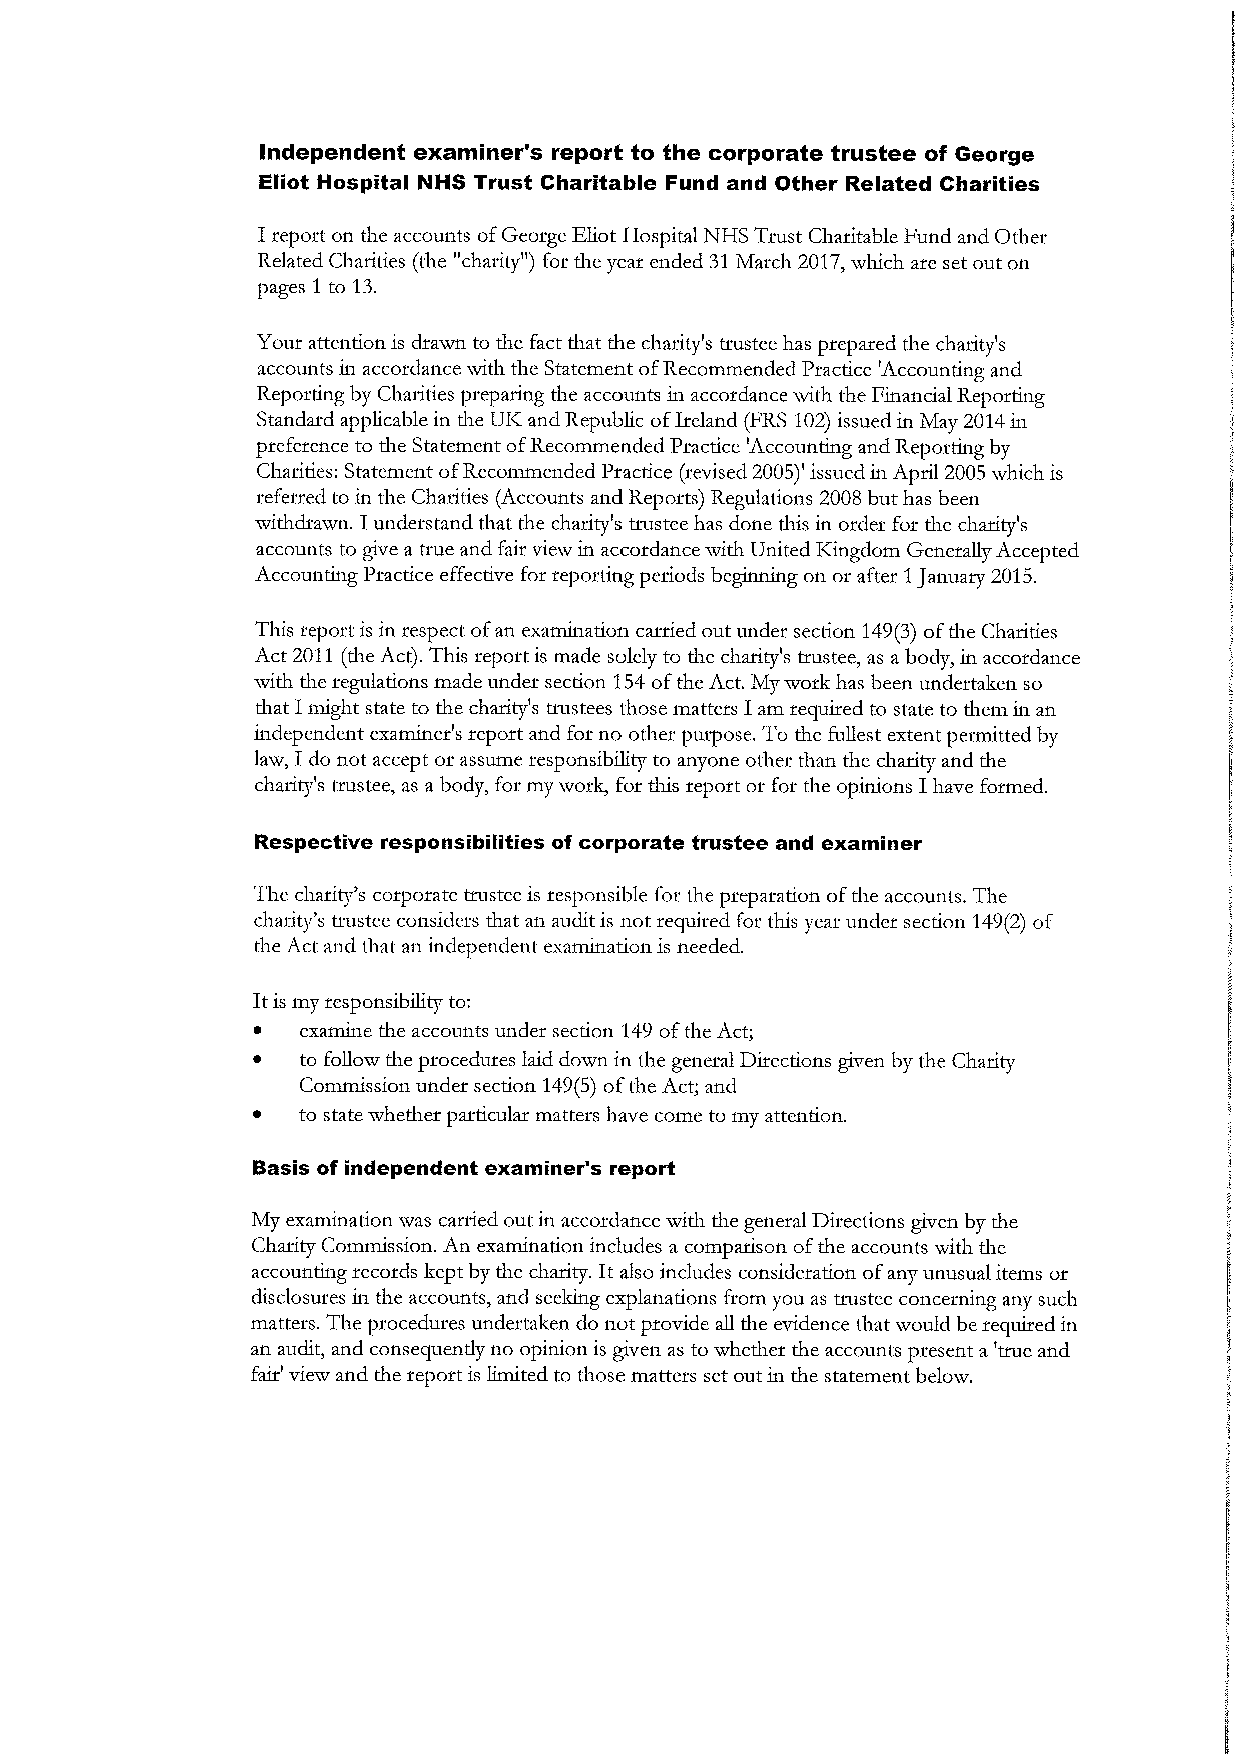
Independent examiner's report to the corporate trustee of George
 Eliot Hospital NHS Trust Charitable Fund and Other Related Charities
 Ireport on the accounts ofGeorge Eliot Hospital NHS Trust Charitable Fund and Other.
 Related Charities (the "charity") for. the year ended 31March 2017,winch are set out on
 pages 1 to 13.
 Your attention is chawn to the fact that the charity's trustee has prepared the charity's
 accounts in accordance with the Statement ofRecommended Practice 'Accounting and
 Reporting by Charities preparing the accounts in accordance xvith the Financial Reporting
 Standard applicable in the UIZ and Republic ofIreland (FRS 102)issued in May 2014in
 preference to the Statement ofRecommended Practice 'Accounting and Reporting by
 Charities: Statement ofRecommended Practice (revised 2005)' issued in April 2005winch is
 referred to in the Charities (Accounts and Reports) Regulations 2008 but has been
 withdrawn. Iunderstand that the charity's testee has done tlus in order for the charity's
 accounts to give a tree and fair view in accordance with United IGngdom Generally A.ccepted
 A.ccounting Practice effective for reporting periods beginnmg on or after 1January 2015,
 Tlus report is in respect ofan examination carried out under section 149(3)ofthe Charities
 A.ct2011(the Act). This report is made solely to the charity's trustee, as abody, in accordance
 xvith the regulations made under. section 154ofthe Act. My work has been undertaken so
 that I might state to the charity's trustees those matters Iam required to state to them in an
 independent examiner's report and for. no other purpose. To the fullest extent permitted by
 law; Ido not accept or assume responsibility to anyone other. than the charity and the
 charity's testee, as a body, for my work, for tins report or for the opinions Ihave formed.
 Respective responsibilities of corporate trustee and examiner
 The charity's corporate trustee is responsible for the preparation ofthe accounts. The
 charity's n~stee considers that an audit is not required for. tlus year under section 149(2)of
 the Act and that an independent examination is needed.
 Itis my responsibility to:
 ~  examine the accounts under section 149ofthe A.ct;
 ~  to follow the procedures laid down in the general Directions given by the Charity
 Commission under section 149(5)ofthe Act; and
 ~  to state whether particular matters have come to my attention.
 Basis of independent examiner's report
 My examination was carried out in accordance with the general Directions given by the
 Charity Commission. An examination includes a comparison ofthe accounts xvith the
 accounting records kept by the charity. Italso includes consideration ofany unusual items or
 disclosures in the accounts, and seeking explanations from you as trustee concerning any such
 matters. The procedures undertaken do not provide all the evidence that would be required in
 an audit, and consequently no opinion is given as to whether the accounts present a 'true and
 fair' view and the report is limited to those matters set out in the statement below.